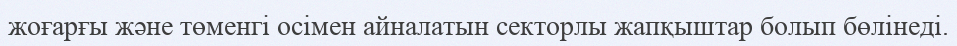
жоғарғы және төменгі осімен айналатын секторлы жапқыштар болып бөлінеді.